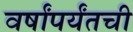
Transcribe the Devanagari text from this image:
वर्षांपर्यंतची